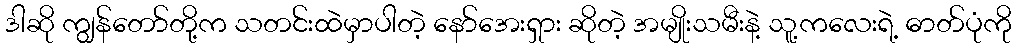
ဒါဆို ကျွန်တော်တို့က သတင်းထဲမှာပါတဲ့ နော်အေးရှား ဆိုတဲ့ အမျိုးသမီးနဲ့ သူ့ကလေးရဲ့ ဓာတ်ပုံကို